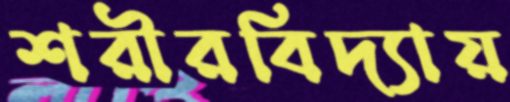
শরীরবিদ্যায়